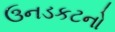
ઉનડકટનો